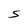
Character: S